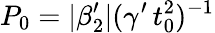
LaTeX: P_{0}=|\beta_{2}^{\prime}|(\gamma^{\prime}\, t_{0}^{2})^{-1}